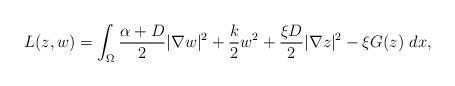
LaTeX: \begin{align*} L(z,w)=\int_\Omega\frac{\alpha+D}{2}\vert \nabla w\vert^2+\frac{k}{2}w^2+\frac{\xi D}{2}\vert \nabla z\vert^2-\xi G(z)\ dx, \end{align*}